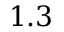
1 . 3